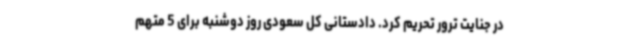
در جنایت ترور تحریم کرد. دادستانی کل سعودی روز دوشنبه برای 5 متهم